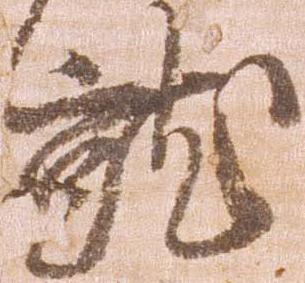
就